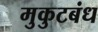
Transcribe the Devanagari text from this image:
मुकुटबंध